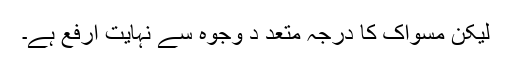
لیکن مسواک کا درجہ متعد د وجوہ سے نہایت ارفع ہے۔